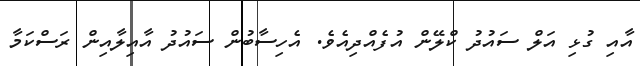
އާއި ގުޅި އަލް ސައުދު ކްލޭން އުފެއްދިއެވެ. އެހިސާބުން ސައުދު އާއިލާއިން ރަސްކަމާ